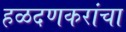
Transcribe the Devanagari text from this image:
हळदणकरांचा